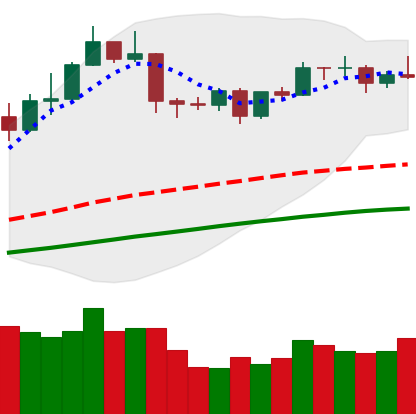
Ticker: ETH-USD
Chart end date: 2019-04-23
Forward return: -8.255%
Label: down_7plus